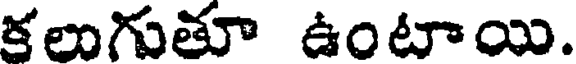
కలుగుతూ ఉంటాయి.